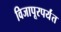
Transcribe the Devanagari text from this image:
विजापूरपर्यंत